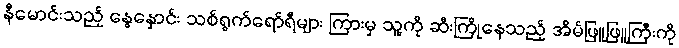
နီမောင်းသည့် နွေနှောင်း သစ်ရွက်ရော်ရီများ ကြားမှ သူ့ကို ဆီးကြိုနေသည့် အိမ်ဖြူဖြူကြီးကို